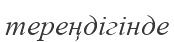
тереңдігінде